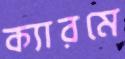
ক্যারমে